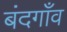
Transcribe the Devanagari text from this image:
बंदगाँव